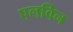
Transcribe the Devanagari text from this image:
एलविन